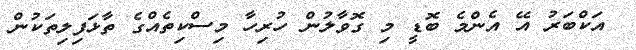
އަކްބަރު އޭ އެންމެ ބޮޑީ މި ގޮވާލުން ހުރިހާ މިސްކިތެއްގެ ތާޅަފިލިތަކުން